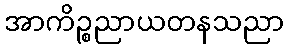
အာကိဉ္စညာယတနသညာ